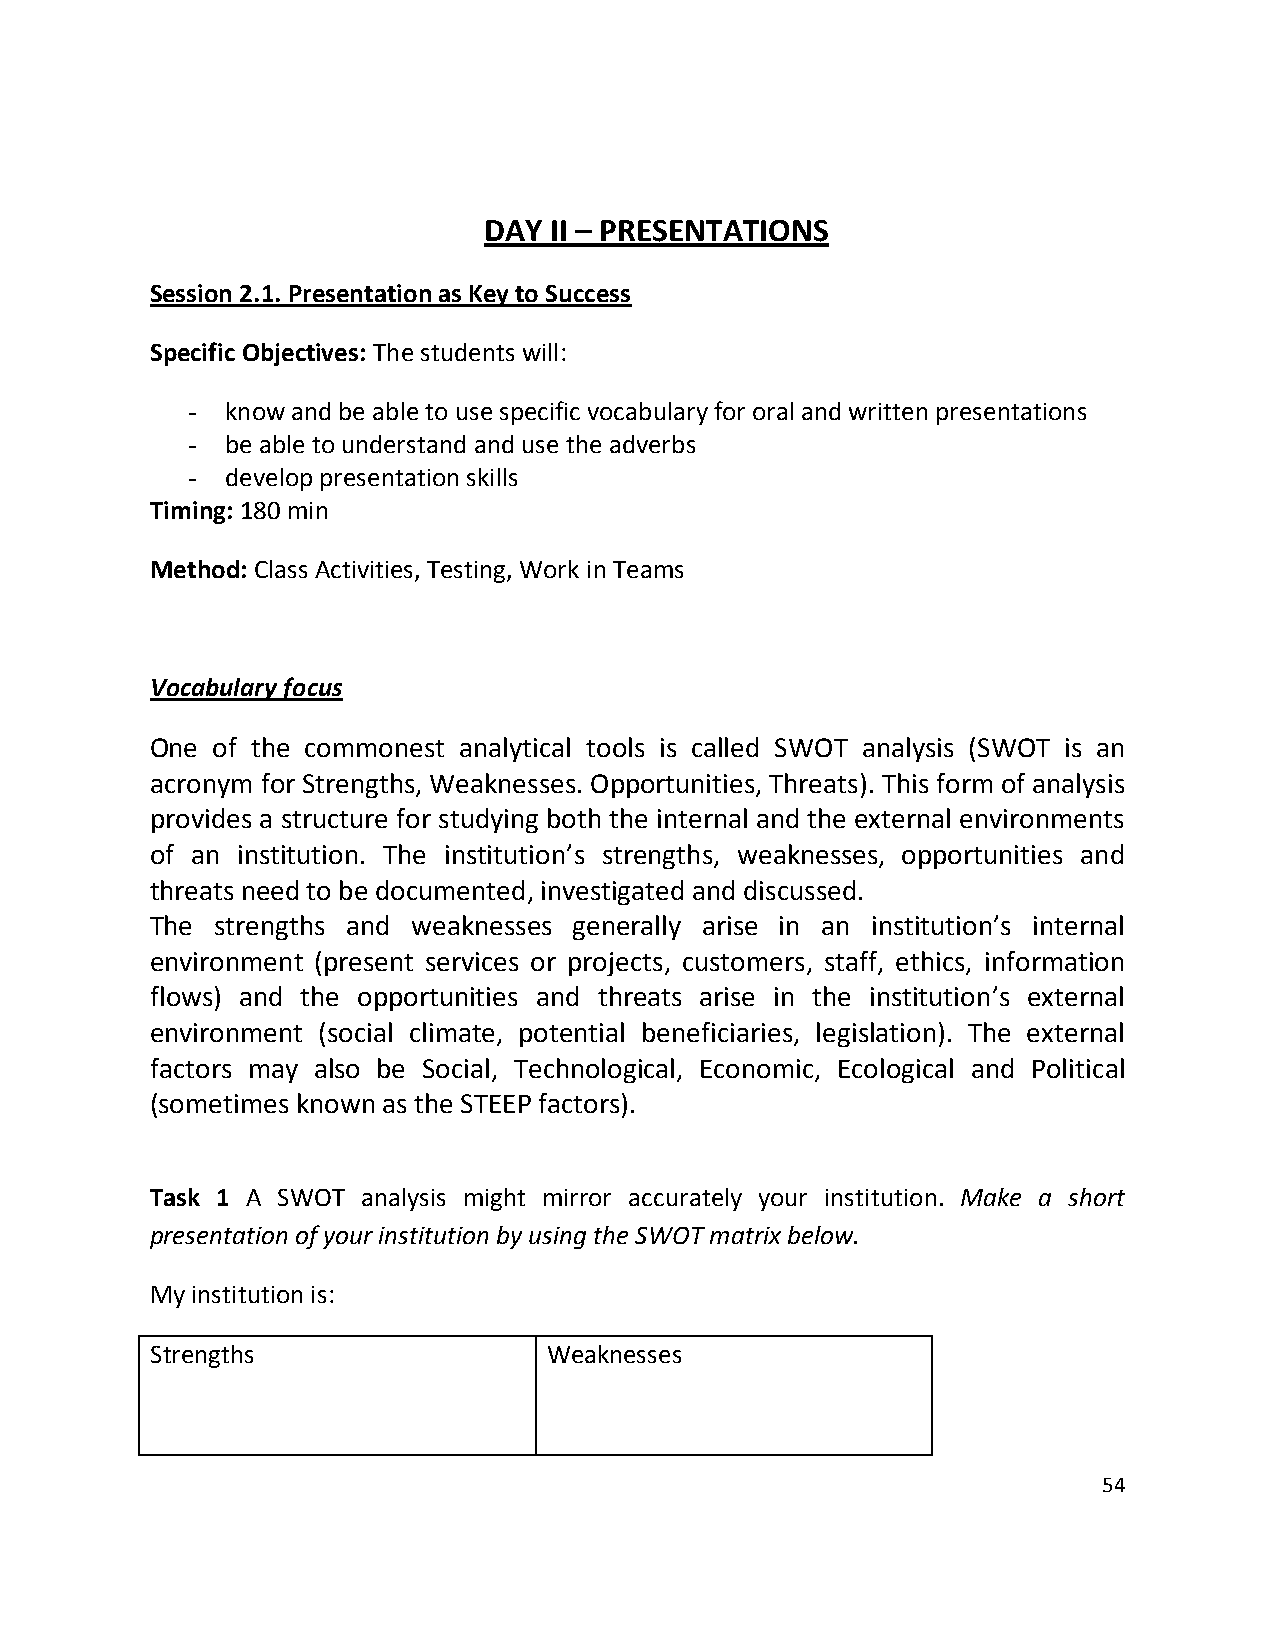
DAY II – PRESENTATIONS
 Session 2.1. Presentation as Key to Success
 Specific Objectives: The students will:
 -  know and be able to use specific vocabulary for oral and written presentations
 -  be able to understand and use the adverbs
 -  develop presentation skills
 Timing: 180 min
 Method: Class Activities, Testing, Work in Teams
 Vocabulary focus
 One of the commonest analytical tools is called SWOT analysis (SWOT is an
 acronym for Strengths, Weaknesses. Opportunities, Threats). This form of analysis
 provides a structure for studying both the internal and the external environments
 of an institution. The institution’s strengths, weaknesses, opportunities and
 threats need to be documented, investigated and discussed.
 The strengths and weaknesses generally arise in an institution’s internal
 environment (present services or projects, customers, staff, ethics, information
 flows) and the opportunities and threats arise in the institution’s external
 environment (social climate, potential beneficiaries, legislation). The external
 factors may also be Social, Technological, Economic, Ecological and Political
 (sometimes known as the STEEP factors).
 Task 1 A SWOT analysis might mirror accurately your institution. Make a short
 presentation of your institution by using the SWOT matrix below.
 My institution is:
 Strengths                 Weaknesses
 54